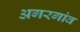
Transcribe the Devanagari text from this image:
अगरगांव